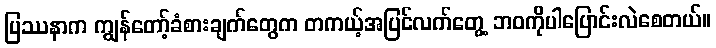
ပြဿနာက ကျွန်တော့်ခံစားချက်တွေက တကယ့်အပြင်လက်တွေ့ ဘဝကိုပါပြောင်းလဲစေတယ်။